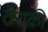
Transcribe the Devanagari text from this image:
तैराक़ी